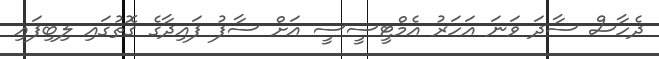
ދެހާސް ސާދަ ވަނަ އަހަރު އެމްޓީސީސީ އަށް ސާފު ފައިދާގެ ގޮތުގައި ލިބިފައި